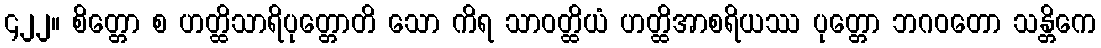
၄၂၂။ စိတ္တော စ ဟတ္ထိသာရိပုတ္တောတိ သော ကိရ သာဝတ္ထိယံ ဟတ္ထိအာစရိယဿ ပုတ္တော ဘဂဝတော သန္တိကေ